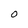
Character: O